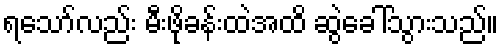
ရသော်လည်း မီးဖိုခန်းထဲအထိ ဆွဲခေါ်သွားသည်။